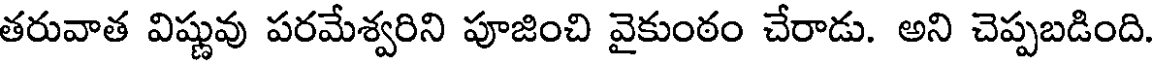
తరువాత విష్ణువు పరమేశ్వరిని పూజించి వైకుంఠం చేరాడు. అని చెప్పబడింది.